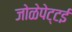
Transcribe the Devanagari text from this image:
जोळेपेट्टई